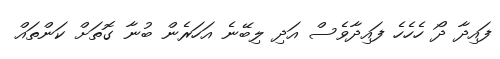
ފައިދާ ދޯ ހެހެހެ ފައިދާވެސް އަދި ލިބޭނެ އަހަރެން ބުނާ ގޮތަށް ކަންތައް